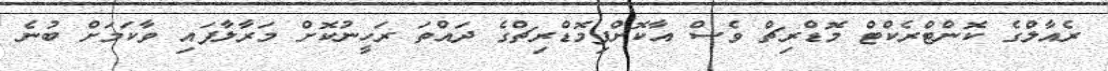
ރެއާލްގެ ކޮންޓްރެކްޓް މޮޑްރިޗް ވެސް އާކޮށްފިމޮޑްރިޗްގެ ދައްތަ ރަހީނުކޮށް މަރާލާފައި ވާކަމަށް ބުނެ